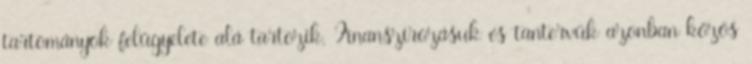
tartományok felügyelete alá tartozik. Finanszírozásuk és tantervük azonban közös